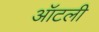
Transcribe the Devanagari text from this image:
ऑटली